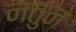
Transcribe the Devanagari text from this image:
नतुन